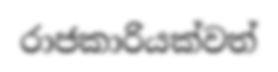
රාජකාරියක්වත්